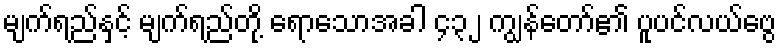
မျက်ရည်နှင့် မျက်ရည်တို့ ရောသောအခါ ၄၃၂ ကျွန်တော်၏ ပူပင်လယ်ဗွေ